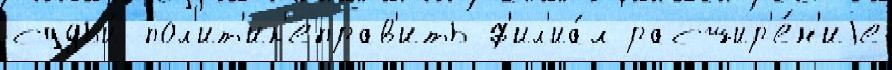
судьи́ пол'ит'ик'еправ'ить ф'ил'иа́л расшир'е́н'иjе